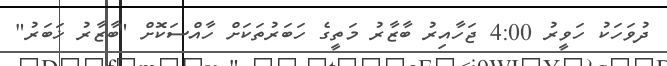
ދުވަހަކު ހަވީރު 4:00 ޖަހާއިރު ބާޒާރު މަތީގެ ހަބަރުތަކަށް ހާއްސަކޮށް "ބާޒާރު ޚަބަރު"